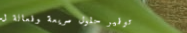
توفير حلول سريعة وفعالة ل